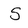
Character: S